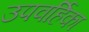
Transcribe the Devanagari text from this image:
उपवर्हिका